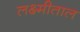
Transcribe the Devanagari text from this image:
लक्ष्मीताल